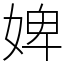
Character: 婢